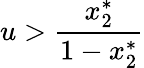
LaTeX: u>\frac{x_{2}^{*}}{1-x_{2}^{*}}